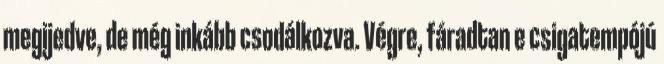
megijedve, de még inkább csodálkozva. Végre, fáradtan e csigatempójú